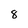
Character: 8